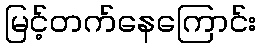
မြင့်တက်နေကြောင်း